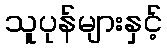
သူပုန်များနှင့်